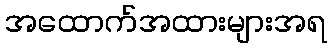
အထောက်အထားများအရ